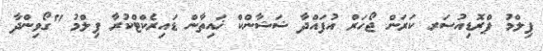
ފިލްމު ޕްރޮޑިއުސަރ ކަރަން ޖޯހަރް އުފައްދާ ޝަޝާންކް ޚައިތާން ޑައިރެކްޓްކުރާ ފިލްމު "ގޯވިންދާ